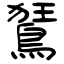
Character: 鵟